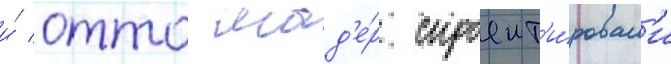
и́ отто мад'е́р спроект'и́ровал'и